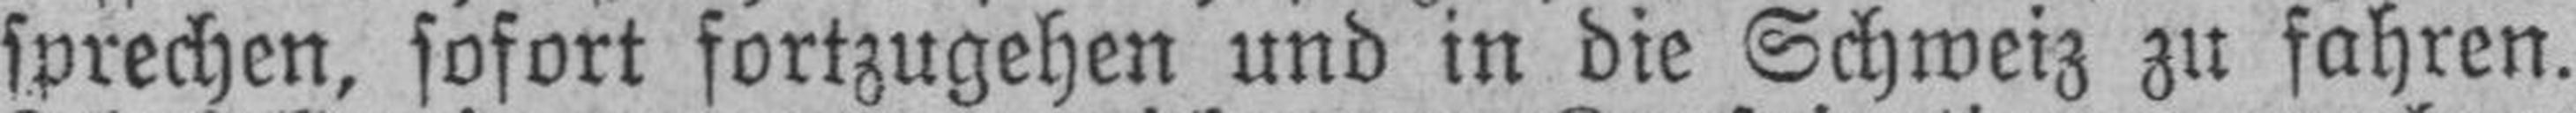
sprechen, sofort fortzugehen und in die Schweiz zu fahren.